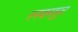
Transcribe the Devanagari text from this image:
रनकपपुर